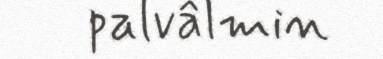
palvâlmin